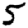
Digit: 5